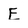
Character: E